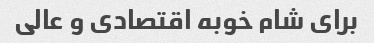
برای شام خوبه اقتصادی و عالی